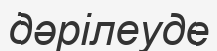
дәрілеуде